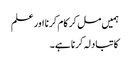
ہمیں مل کر کام کرنا اور علم
کا تبادلہ کرنا ہے۔